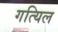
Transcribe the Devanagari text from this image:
गत्यिल